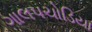
ગાલપચોડિયા